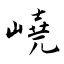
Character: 嶢